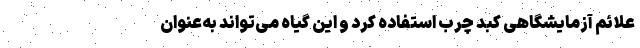
علائم آزمایشگاهی کبد چرب استفاده کرد و این گیاه می‌تواند به‌عنوان